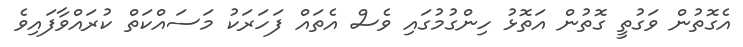
އެގޮތުން ވަގުތީ ގޮތުން އަތޮޅު ހިންގުމުގައި ވެސް އެތައް ފަހަރަކު މަސައްކަތް ކުރައްވާފައިވެ